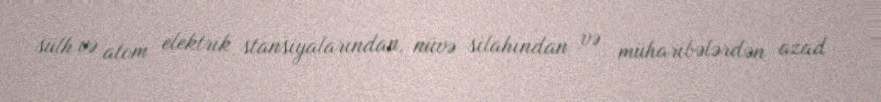
sülh və atom elektrik stansiyalarından, nüvə silahından və müharibələrdən azad